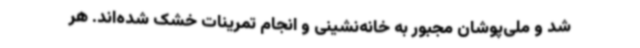
شد و ملی‌پوشان مجبور به خانه‌نشینی و انجام تمرینات خشک شده‌اند. هر